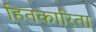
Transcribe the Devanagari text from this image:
हितकारिता